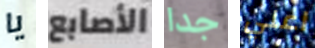
يا الأصابع جدا اعلي